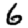
Digit: 6